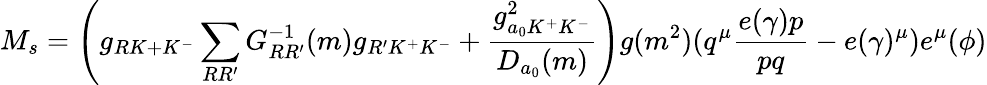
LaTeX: M_{s}=\left(g_{RK+K^{-}}\sum_{RR^{\prime}}G_{RR^{\prime}}^{-1}(m)g_{R^{\prime}K^{+}K^{-}}+\frac{g_{a_{0}K^{+}K^{-}}^{2}}{D_{a_{0}}(m)}\right)g(m^{2})(q^{\mu}\frac{e(\gamma)p}{pq}-e(\gamma)^{\mu})e^{\mu}(\phi)